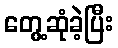
တွေ့ဆုံခဲ့ပြီး